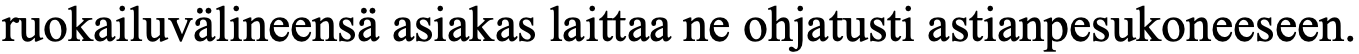
ruokailuvälineensä asiakas laittaa ne ohjatusti astianpesukoneeseen.